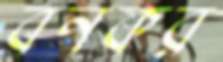
বনকর